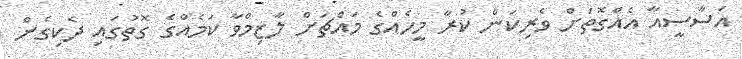
އަސާސީއާ އެއްގޮތަށް ވެރިކަން ކުރާ މީހެއްގެ މައްޗަށް ލާޒިމްވާ ކަމެއްގެ ގޮތުގައި ދެކިގެން